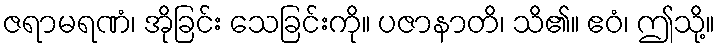
ဇရာမရဏံ၊ အိုခြင်း သေခြင်းကို။ ပဇာနာတိ၊ သိ၏။ ဧဝံ၊ ဤသို့။